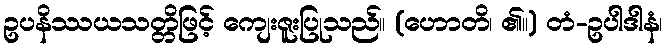
ဥပနိဿယသတ္တိဖြင့် ကျေးဇူးပြုသည်။ (ဟောတိ၊ ၏။) တံ-ဥပါဒါနံ၊